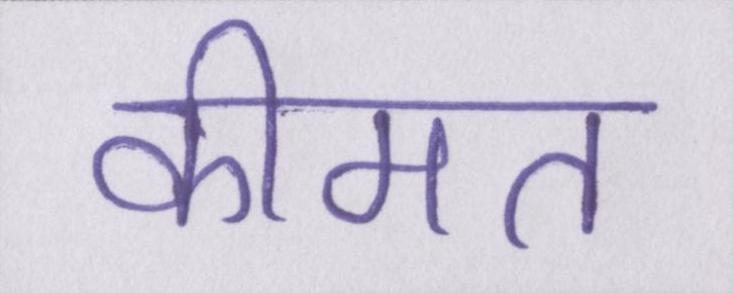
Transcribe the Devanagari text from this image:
कीमत